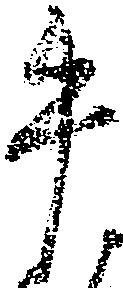
牛